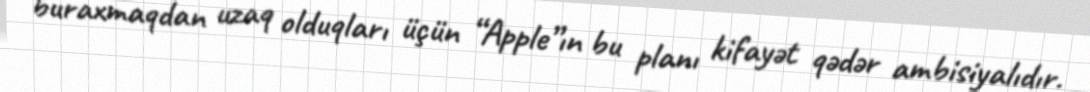
buraxmaqdan uzaq olduqları üçün “Apple”ın bu planı kifayət qədər ambisiyalıdır.